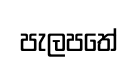
පැලපතේ